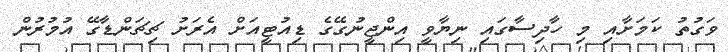
ވަގުތު ކަމަށާއި މި ހާދިސާގައި ނިޔާވީ އިންޖީނުގޭގެ ޑިއުޓީއަށް އެރަށު ޗިޗަންޑާގޭ އުމުރުން